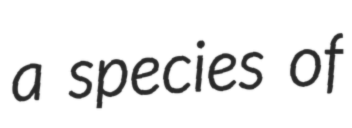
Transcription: a species of